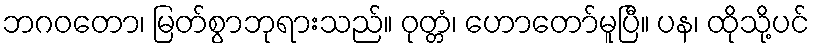
ဘဂဝတော၊ မြတ်စွာဘုရားသည်။ ဝုတ္တံ၊ ဟောတော်မူပြီ။ ပန၊ ထိုသို့ပင်